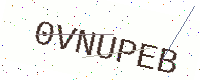
Text: 0VNUPEB